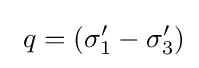
\ q=(\sigma _{1}'-\sigma _{3}')